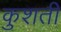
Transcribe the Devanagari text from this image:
कुशती